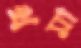
থমা